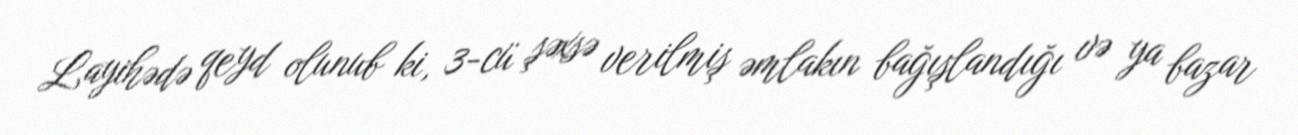
Layihədə qeyd olunub ki, 3-cü şəxsə verilmiş əmlakın bağışlandığı və ya bazar